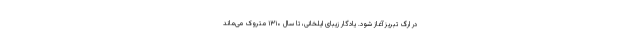
در ارگ تبریز آغاز شود. یادگار زیبای ایلخانی، تا سال ۱۳۱۰ متروک می‌ماند